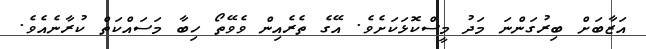
އަޒާބަށް ބިރުގަންނަ މަދު މީސްކޮޅަކަށެވެ. އޭގެ ތެރެއިން ވެވޭތޯ ހިބާ މަސައްކަތް ކުރާނެއެވެ.